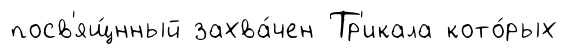
посв'ящ́нный захва́чен Тр'икала кото́рых